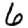
Digit: 6